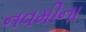
નવમીના